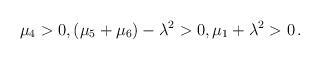
LaTeX: \begin{align*}\begin{gathered} \mu_4 > 0, (\mu_5+\mu_6)- \lambda ^2>0, \mu_1 + \lambda ^2>0 \,.\end{gathered}\end{align*}